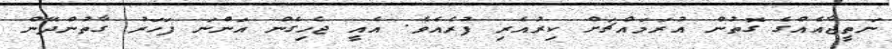
ނަތީޖާއެއްގެ ގޮތުން އުރަމައްޗަށް ކިރުއެރި ފުރެއެވެ. އެއީ ޖެހިގެން އަންނަ ފަހަރު ގާތުންދޭން